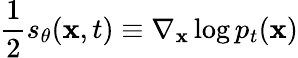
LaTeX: \frac{1}{2}s_{\theta}(\mathbf{x},t)\equiv\nabla_{\mathbf{x}}\log p_{t}(\mathbf{x})